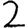
Digit: 2